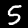
Digit: 5